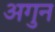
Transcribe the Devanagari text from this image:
अगुन